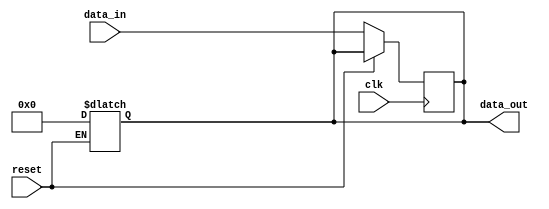
module async_reset_behavioral_model (
    input wire clk,          // Clock signal
    input wire reset,        // Asynchronous reset signal
    input wire [7:0] data_in, // Data input (for example, 8-bit)
    output reg [7:0] data_out // Data output (for example, 8-bit)
);

// Always block that reacts to async reset and clock signal
always @* begin
    if (reset) begin
        // On reset, set output to predefined reset state (e.g., zero)
        data_out = 8'b0; // Reset state
    end
end

// Sequential block for capturing data on clock edge
always @(posedge clk) begin
    if (!reset) begin
        // If not reset, capture input data on rising edge of clock
        data_out <= data_in; // Update output with input data
    end
end

endmodule